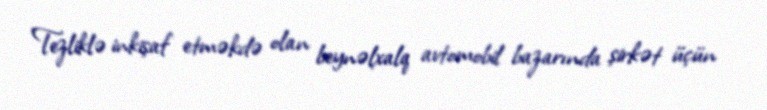
Tezliklə inkişaf etməkdə olan beynəlxalq avtomobil bazarında şirkət üçün